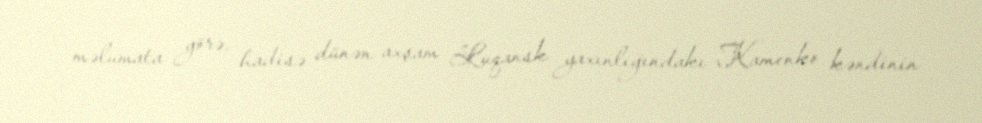
məlumata görə, hadisə dünən axşam Luqansk yaxınlığındakı Kamenko kəndinin